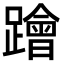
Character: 𨆝